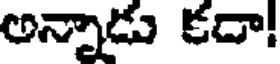
అన్నాడు కదా!